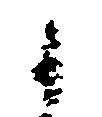
候